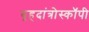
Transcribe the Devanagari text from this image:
बृहदांत्रोस्कॉपी